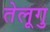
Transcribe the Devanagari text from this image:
तेलूगु